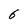
Character: 6